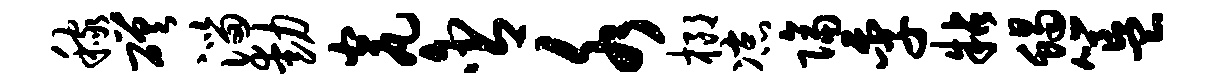
稼磋淄动瓮含水榔凉隔季粘蝎簋